Problem: 66 + 54 = ?
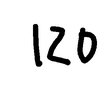
Handwritten answer: 120